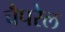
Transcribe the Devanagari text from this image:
चैपरेल